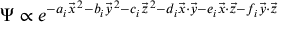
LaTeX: \Psi \propto e ^ { - a _ { i } \vec { x } ^ { \, 2 } - b _ { i } \vec { y } ^ { \, 2 } - c _ { i } \vec { z } ^ { \, 2 } - d _ { i } \vec { x } \cdot \vec { y } - e _ { i } \vec { x } \cdot \vec { z } - f _ { i } \vec { y } \cdot \vec { z } }